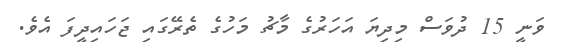
ވަނީ 15 ދުވަސް މިދިޔަ އަހަރުގެ މާޗު މަހުގެ ތެރޭގައި ޖަހައިދީފަ އެވެ.